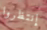
إنتظروا